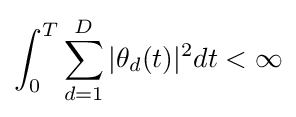
\int _{0}^{T}\sum _{d=1}^{D}|\theta _{d}(t)|^{2}dt<\infty